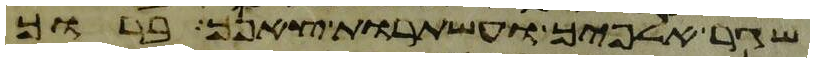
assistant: שגר אלפיך ועשתרות צאנך ברוך